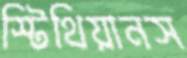
স্টিথিয়ানস